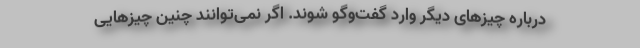
درباره چیزهای دیگر وارد گفت‌وگو شوند. اگر نمی‌توانند چنین چیزهایی